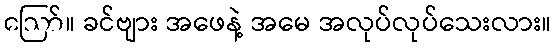
ဪ။ ခင်ဗျား အဖေနဲ့ အမေ အလုပ်လုပ်သေးလား။